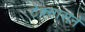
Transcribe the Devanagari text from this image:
टेक्सासने